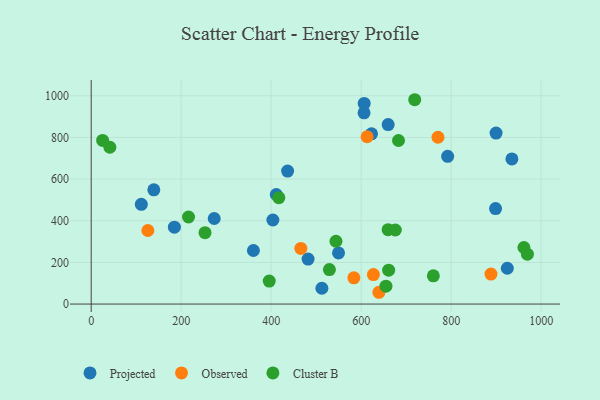
{"axis": {"x": "Investment", "y": "Salary"}, "legend": ["Cluster B", "Observed", "Projected"], "data": [{"x": "898.7", "y": 458.5, "type": "Projected"}, {"x": "792.2", "y": 709.4, "type": "Projected"}, {"x": "411.3", "y": 526.0, "type": "Projected"}, {"x": "512.7", "y": 76.0, "type": "Projected"}, {"x": "606.4", "y": 918.3, "type": "Projected"}, {"x": "899.8", "y": 821.2, "type": "Projected"}, {"x": "660.0", "y": 861.9, "type": "Projected"}, {"x": "360.5", "y": 257.2, "type": "Projected"}, {"x": "549.7", "y": 245.6, "type": "Projected"}, {"x": "935.0", "y": 697.1, "type": "Projected"}, {"x": "403.8", "y": 403.5, "type": "Projected"}, {"x": "606.7", "y": 963.3, "type": "Projected"}, {"x": "111.4", "y": 479.0, "type": "Projected"}, {"x": "482.0", "y": 215.9, "type": "Projected"}, {"x": "436.5", "y": 638.6, "type": "Projected"}, {"x": "184.9", "y": 369.3, "type": "Projected"}, {"x": "139.2", "y": 548.7, "type": "Projected"}, {"x": "273.4", "y": 410.9, "type": "Projected"}, {"x": "623.0", "y": 817.4, "type": "Projected"}, {"x": "924.8", "y": 171.9, "type": "Projected"}, {"x": "613.2", "y": 803.3, "type": "Observed"}, {"x": "888.5", "y": 144.2, "type": "Observed"}, {"x": "125.9", "y": 353.2, "type": "Observed"}, {"x": "639.4", "y": 56.6, "type": "Observed"}, {"x": "627.2", "y": 141.4, "type": "Observed"}, {"x": "465.9", "y": 267.1, "type": "Observed"}, {"x": "583.8", "y": 126.1, "type": "Observed"}, {"x": "770.7", "y": 800.9, "type": "Observed"}, {"x": "961.7", "y": 271.6, "type": "Cluster B"}, {"x": "661.1", "y": 162.8, "type": "Cluster B"}, {"x": "969.4", "y": 239.5, "type": "Cluster B"}, {"x": "655.1", "y": 85.9, "type": "Cluster B"}, {"x": "529.4", "y": 165.5, "type": "Cluster B"}, {"x": "41.5", "y": 752.8, "type": "Cluster B"}, {"x": "25.4", "y": 785.8, "type": "Cluster B"}, {"x": "417.0", "y": 510.6, "type": "Cluster B"}, {"x": "544.0", "y": 301.5, "type": "Cluster B"}, {"x": "719.0", "y": 981.1, "type": "Cluster B"}, {"x": "675.9", "y": 355.5, "type": "Cluster B"}, {"x": "253.0", "y": 342.8, "type": "Cluster B"}, {"x": "683.0", "y": 785.4, "type": "Cluster B"}, {"x": "659.9", "y": 357.1, "type": "Cluster B"}, {"x": "216.3", "y": 418.1, "type": "Cluster B"}, {"x": "395.7", "y": 110.5, "type": "Cluster B"}, {"x": "760.4", "y": 135.6, "type": "Cluster B"}]}